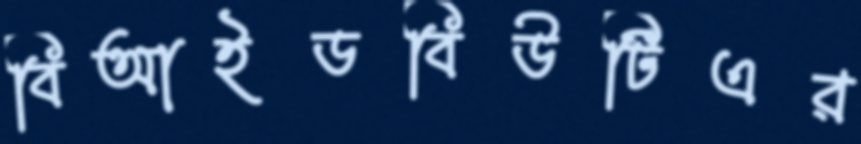
বিআইডবিউটিএর